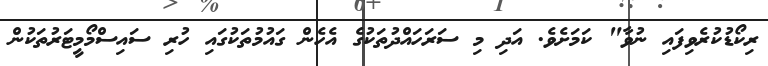
ރިކޯޑުކުރެވިފައި ނުވާ" ކަމަށެވެ. އަދި މި ސަރަހައްދުތަކުގެ އެހެން ގައުމުތަކުގައި ހުރި ސައިސްމޯމީޓަރުތަކުން